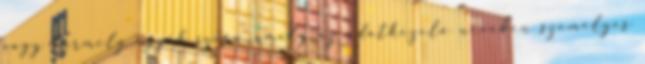
vagy bármely egyéb szerv, amely az adatkezelő nevében személyes